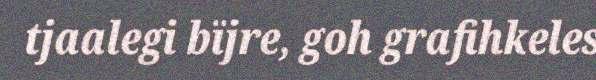
tjaalegi bïjre, goh grafihkeles